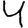
Digit: 4